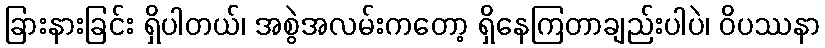
ခြားနားခြင်း ရှိပါတယ်၊ အစွဲအလမ်းကတော့ ရှိနေကြတာချည်းပါပဲ၊ ဝိပဿနာ